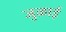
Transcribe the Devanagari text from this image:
जुळाई